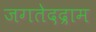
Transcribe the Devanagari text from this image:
जगतेदद्राम